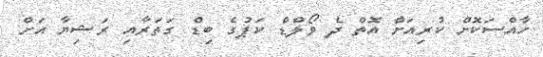
ހާއްސަކޮށް ކުރިއަށް އޮތް ދެ ވޯލްޑް ކަޕުގެ ބިޑް ގަތަރާއި ރަޝިޔާ އަށް